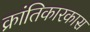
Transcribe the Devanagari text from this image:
क्रांतिकारकास